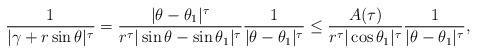
LaTeX: \begin{align*}\frac{1}{|\gamma+r\sin\theta|^\tau}=\frac{|\theta-\theta_1|^\tau}{r^\tau|\sin\theta-\sin\theta_1|^\tau}\frac{1}{|\theta-\theta_1|^\tau}\leq\frac{A(\tau)}{r^\tau|\cos\theta_1|^\tau}\frac{1}{|\theta-\theta_1|^\tau},\end{align*}